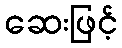
ဆေးဖြင့်